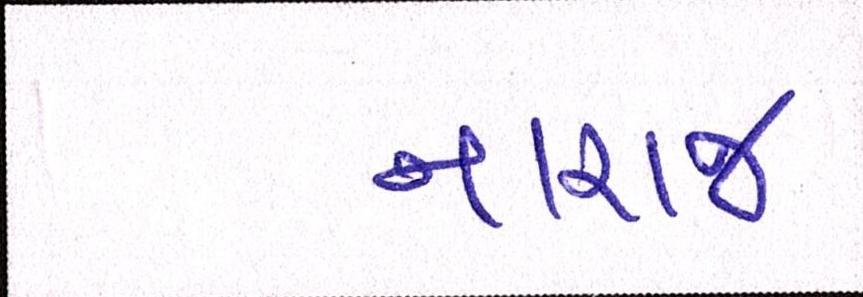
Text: નારાજ